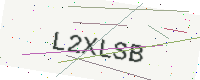
Text: L2XLSB